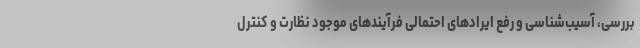
بررسی، آسیب‌شناسی و رفع ایرادهای احتمالی فرآیندهای موجود نظارت و کنترل